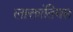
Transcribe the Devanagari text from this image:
लाक्तांतियस